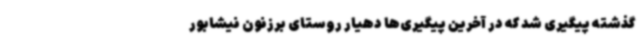
گذشته پیگیری شد که در آخرین پیگیری‌ها دهیار روستای برزنون نیشابور